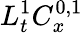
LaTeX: L_{t}^{1}C_{x}^{0,1}